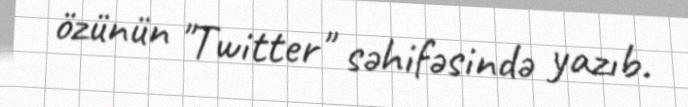
özünün "Twitter" səhifəsində yazıb.